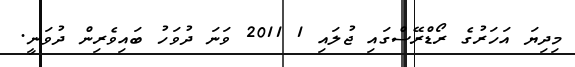
މިދިޔަ އަހަރުގެ ރޯޑްރޭސްގައި ޖުލައި 1 2011 ވަނަ ދުވަހު ބައިވެރިން ދުވަނީ.